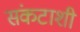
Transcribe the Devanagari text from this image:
संकटाशी